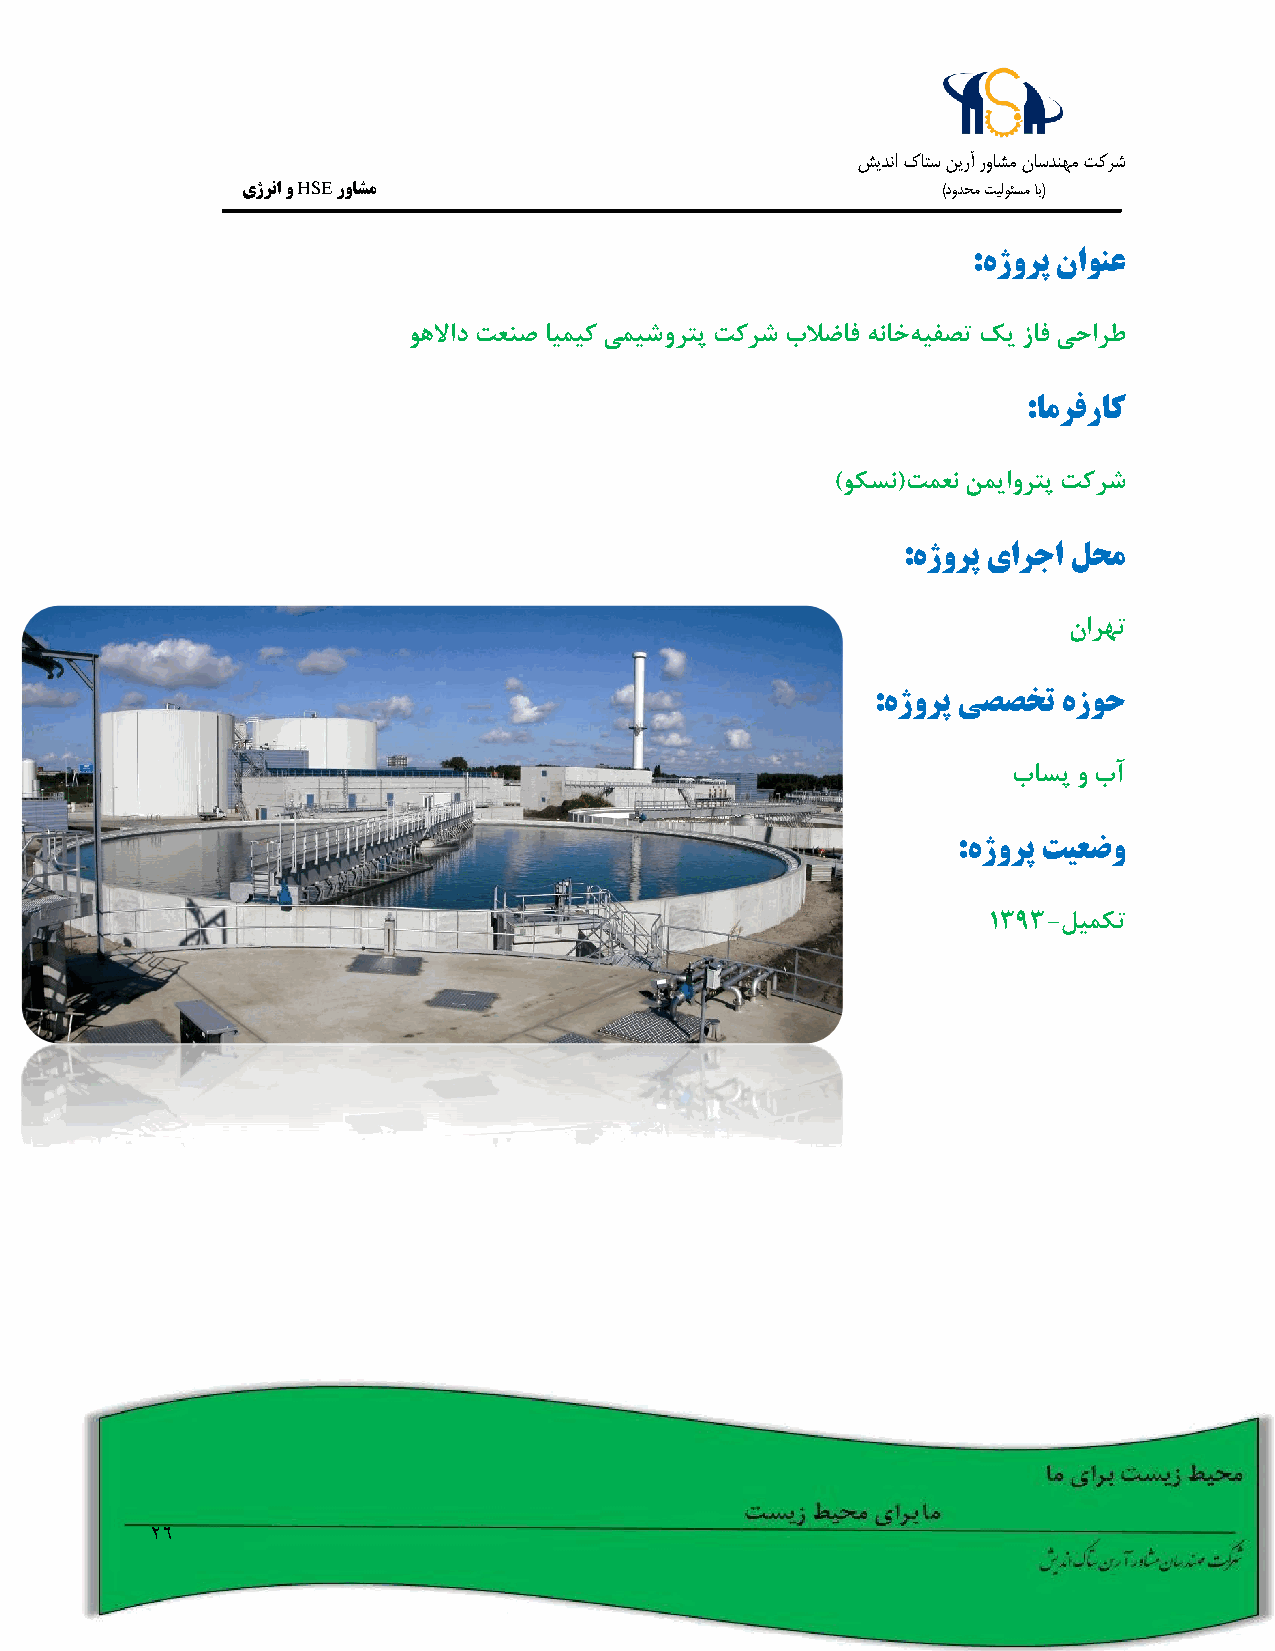
شيدنا كاتس نيرآ رواشم ناسدنهم تکرش
 یژرنا و HSE رواشم                             )دودحم تيلوئسم اب(
 :هژورپ ناونع
 وهلااد تعنص ایمیک یمیشورتپ تکرش بلاضاف هناخهیفصت کی زاف یحارط
 :امرفراک
 )وکسن(تمعن نمیاورتپ تکرش
 :هژورپ یارجا لحم
 نارهت
 :هژورپ یصصخت هزوح
 باسپ و بآ
 :هژورپ تیعضو
 1393-لیمکت
 26